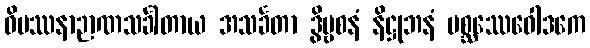
ဝိပဿနာဉာဏသင်္ခါတာယ အသင်္ခတာ ဒွိဗ္ဗစနံ နိဋ္ဌုဘနံ မစ္ဆဿေဝေါဒကေ